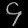
Digit: ၄